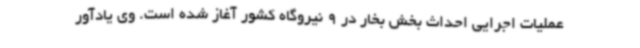
عملیات اجرایی احداث بخش بخار در 9 نیروگاه کشور آغاز شده است. وی یادآور